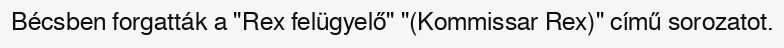
Bécsben forgatták a "Rex felügyelő" "(Kommissar Rex)" című sorozatot.